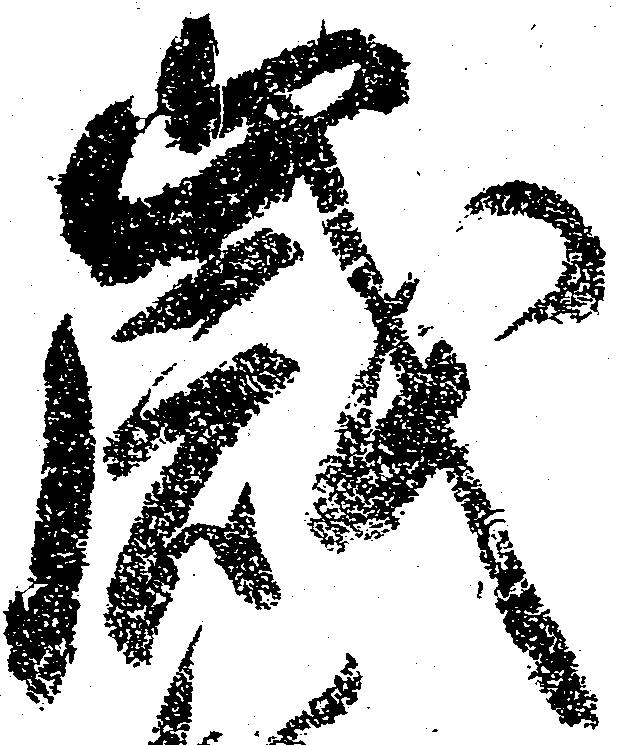
歳